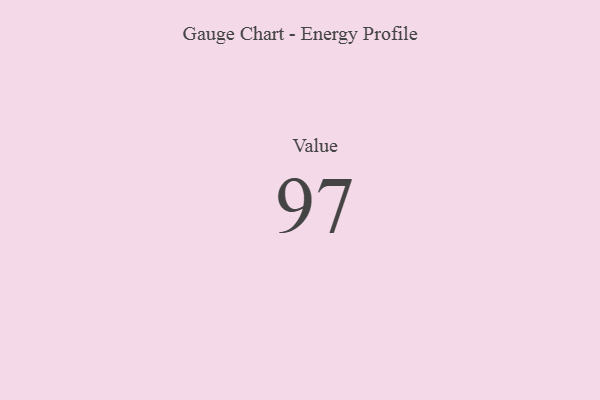
{"axis": {"x": "Metric", "y": "Value"}, "legend": [""], "data": [{"x": "Value", "y": 97, "type": ""}]}